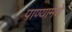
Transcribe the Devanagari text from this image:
पाण्यामधे